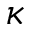
\kappa